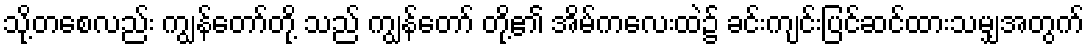
သို့တစေလည်း ကျွန်တော်တို့ သည် ကျွန်တော် တို့၏ အိမ်ကလေးထဲ၌ ခင်းကျင်းပြင်ဆင်ထားသမျှအတွက်